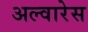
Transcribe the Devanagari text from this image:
अल्वारेस